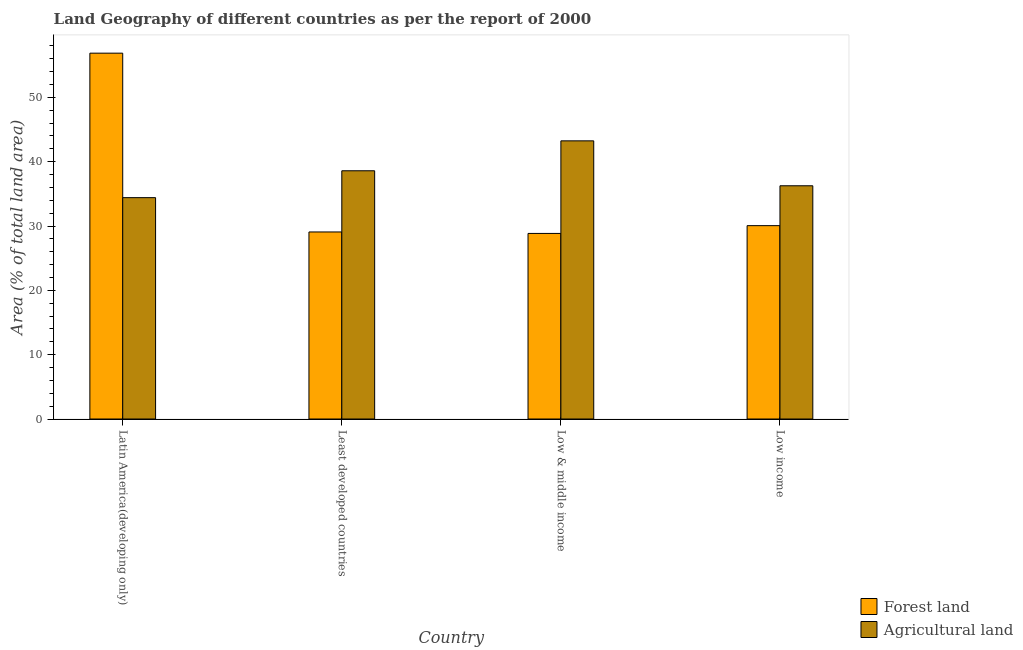
| Country | Forest land | Agricultural land |
 | --- | --- | --- |
 | Latin America(developing only) | 56.9 | 34.4 |
 | Least developed countries | 29.1 | 38.6 |
 | Low & middle income | 28.8 | 43.2 |
 | Low income | 30.1 | 36.3 |